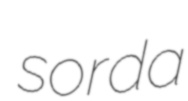
sorda